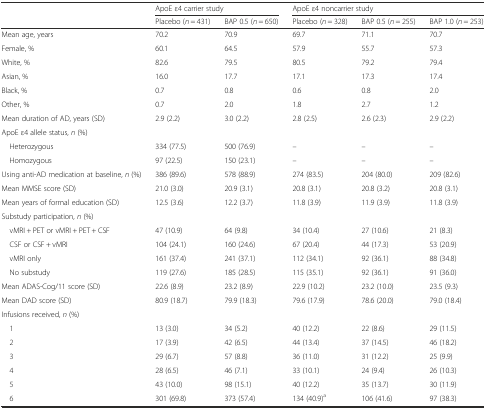
<table><thead><tr><td rowspan="2"></td><td colspan="2"><b>ApoE ε4 carrier study</b></td><td colspan="3"><b>ApoE ε4 noncarrier study</b></td></tr><tr><td><b>Placebo (<i>n</i> = 431)</b></td><td><b>BAP 0.5 (<i>n</i> = 650)</b></td><td><b>Placebo (<i>n</i> = 328)</b></td><td><b>BAP 0.5 (<i>n</i> = 255)</b></td><td><b>BAP 1.0 (<i>n</i> = 253)</b></td></tr></thead><tbody><tr><td>Mean age, years</td><td>70.2</td><td>70.9</td><td>69.7</td><td>71.1</td><td>70.7</td></tr><tr><td>Female, %</td><td>60.1</td><td>64.5</td><td>57.9</td><td>55.7</td><td>57.3</td></tr><tr><td>White, %</td><td>82.6</td><td>79.5</td><td>80.5</td><td>79.2</td><td>79.4</td></tr><tr><td>Asian, %</td><td>16.0</td><td>17.7</td><td>17.1</td><td>17.3</td><td>17.4</td></tr><tr><td>Black, %</td><td>0.7</td><td>0.8</td><td>0.6</td><td>0.8</td><td>2.0</td></tr><tr><td>Other, %</td><td>0.7</td><td>2.0</td><td>1.8</td><td>2.7</td><td>1.2</td></tr><tr><td>Mean duration of AD, years (SD)</td><td>2.9 (2.2)</td><td>3.0 (2.2)</td><td>2.8 (2.5)</td><td>2.6 (2.3)</td><td>2.9 (2.2)</td></tr><tr><td>ApoE ε4 allele status, <i>n</i> (%)</td><td></td><td></td><td></td><td></td><td></td></tr><tr><td> Heterozygous</td><td>334 (77.5)</td><td>500 (76.9)</td><td>–</td><td>–</td><td>–</td></tr><tr><td> Homozygous</td><td>97 (22.5)</td><td>150 (23.1)</td><td>–</td><td>–</td><td>–</td></tr><tr><td>Using anti-AD medication at baseline, <i>n</i> (%)</td><td>386 (89.6)</td><td>578 (88.9)</td><td>274 (83.5)</td><td>204 (80.0)</td><td>209 (82.6)</td></tr><tr><td>Mean MMSE score (SD)</td><td>21.0 (3.0)</td><td>20.9 (3.1)</td><td>20.8 (3.1)</td><td>20.8 (3.2)</td><td>20.8 (3.1)</td></tr><tr><td>Mean years of formal education (SD)</td><td>12.5 (3.6)</td><td>12.2 (3.7)</td><td>11.8 (3.9)</td><td>11.9 (3.9)</td><td>11.8 (3.9)</td></tr><tr><td>Substudy participation, <i>n</i> (%)</td><td></td><td></td><td></td><td></td><td></td></tr><tr><td> vMRI + PET or vMRI + PET + CSF</td><td>47 (10.9)</td><td>64 (9.8)</td><td>34 (10.4)</td><td>27 (10.6)</td><td>21 (8.3)</td></tr><tr><td> CSF or CSF + vMRI</td><td>104 (24.1)</td><td>160 (24.6)</td><td>67 (20.4)</td><td>44 (17.3)</td><td>53 (20.9)</td></tr><tr><td> vMRI only</td><td>161 (37.4)</td><td>241 (37.1)</td><td>112 (34.1)</td><td>92 (36.1)</td><td>88 (34.8)</td></tr><tr><td> No substudy</td><td>119 (27.6)</td><td>185 (28.5)</td><td>115 (35.1)</td><td>92 (36.1)</td><td>91 (36.0)</td></tr><tr><td>Mean ADAS-Cog/11 score (SD)</td><td>22.6 (8.9)</td><td>23.2 (8.9)</td><td>22.9 (10.2)</td><td>23.2 (10.0)</td><td>23.5 (9.3)</td></tr><tr><td>Mean DAD score (SD)</td><td>80.9 (18.7)</td><td>79.9 (18.3)</td><td>79.6 (17.9)</td><td>78.6 (20.0)</td><td>79.0 (18.4)</td></tr><tr><td>Infusions received, <i>n</i> (%)</td><td></td><td></td><td></td><td></td><td></td></tr><tr><td> 1</td><td>13 (3.0)</td><td>34 (5.2)</td><td>40 (12.2)</td><td>22 (8.6)</td><td>29 (11.5)</td></tr><tr><td> 2</td><td>17 (3.9)</td><td>42 (6.5)</td><td>44 (13.4)</td><td>37 (14.5)</td><td>46 (18.2)</td></tr><tr><td> 3</td><td>29 (6.7)</td><td>57 (8.8)</td><td>36 (11.0)</td><td>31 (12.2)</td><td>25 (9.9)</td></tr><tr><td> 4</td><td>28 (6.5)</td><td>46 (7.1)</td><td>33 (10.1)</td><td>24 (9.4)</td><td>26 (10.3)</td></tr><tr><td> 5</td><td>43 (10.0)</td><td>98 (15.1)</td><td>40 (12.2)</td><td>35 (13.7)</td><td>30 (11.9)</td></tr><tr><td> 6</td><td>301 (69.8)</td><td>373 (57.4)</td><td>134 (40.9)<sup>a</sup></td><td>106 (41.6)</td><td>97 (38.3)</td></tr></tbody></table>